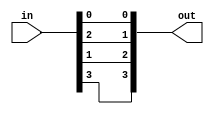
module bit_flip 
    #(parameter REG_LENGTH = 4) (
    out,
    in
);


input wire [REG_LENGTH-1:0] in;
output wire [REG_LENGTH-1:0] out;

// Swap outer values
assign out[0] = in[0];
assign out[REG_LENGTH-1] = in[REG_LENGTH-1];

// Swap all middle values
generate
genvar i;
    for (i=1; i<REG_LENGTH/2; i=i+1) begin
        assign out[i] = in[REG_LENGTH-1-i];
        assign out[REG_LENGTH-1-i] = in[i];
    end
endgenerate

endmodule